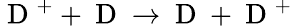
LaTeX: \mathrm{~D~}^{+}+\mathrm{~D~}\rightarrow\mathrm{~D~}+\mathrm{~D~}^{+}